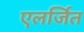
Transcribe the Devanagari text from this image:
एलर्जित